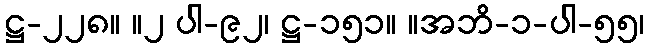
ဋ္ဌ-၂၂၈။ ။၂ ပါ-၉၂၊ ဋ္ဌ-၁၅၁။ ။အဘိ-၁-ပါ-၅၅၊